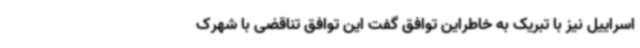
اسراییل نیز با تبریک به خاطراین توافق گفت این توافق تناقضی با شهرک